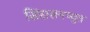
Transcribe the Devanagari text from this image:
सिंहासनच्युत